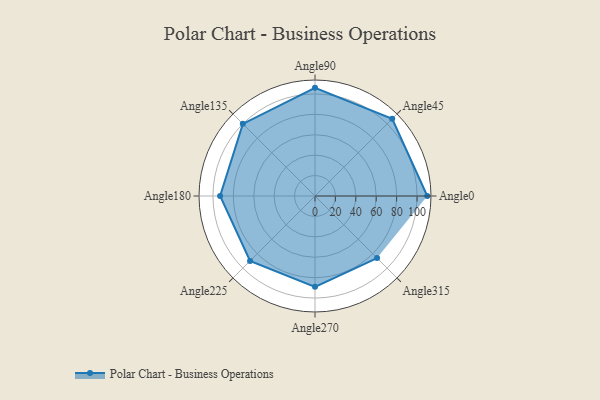
{"axis": {"x": "Angle", "y": "Radius"}, "legend": [""], "data": [{"x": "Angle0", "y": 110.0, "type": ""}, {"x": "Angle45", "y": 107.0, "type": ""}, {"x": "Angle90", "y": 106.0, "type": ""}, {"x": "Angle135", "y": 100.0, "type": ""}, {"x": "Angle180", "y": 93.0, "type": ""}, {"x": "Angle225", "y": 90.0, "type": ""}, {"x": "Angle270", "y": 89.0, "type": ""}, {"x": "Angle315", "y": 86.0, "type": ""}]}